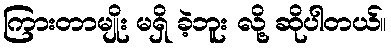
ကြားတာမျိုး မရှိ ခဲ့ဘူး လို့ ဆိုပါတယ်။